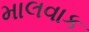
માલવાક